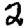
Digit: 2